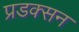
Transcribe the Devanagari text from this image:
प्रडक्सन